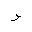
Letter: _waw